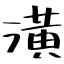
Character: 潢